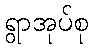
ရွာအုပ်စု